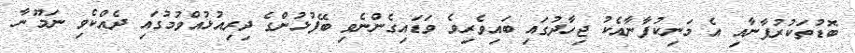
ބޮޑުތަކުރުފާނާއި އެ މަނިކުފާނާއެކު ޖިހާދުގައި ބައިވެރިވެ ވަޑައިގެންނެވި ބޭފުޅުންގެ ދިރިއުޅުއްވުމުގައި ދެއްކެވި ނަމޫނާ